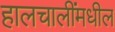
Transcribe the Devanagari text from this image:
हालचालींमधील